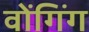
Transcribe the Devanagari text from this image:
वोंगिंग